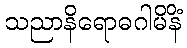
သညာနိရောဓဂါမိနိံ